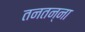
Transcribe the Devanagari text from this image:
तनतन्ना